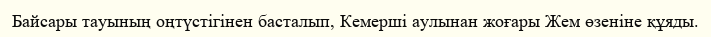
Байсары тауының оңтүстігінен басталып, Кемерші аулынан жоғары Жем өзеніне құяды.